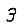
Digit: 3